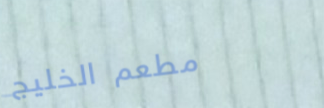
مطعم الخليج